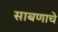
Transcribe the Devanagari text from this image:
साबणाचे